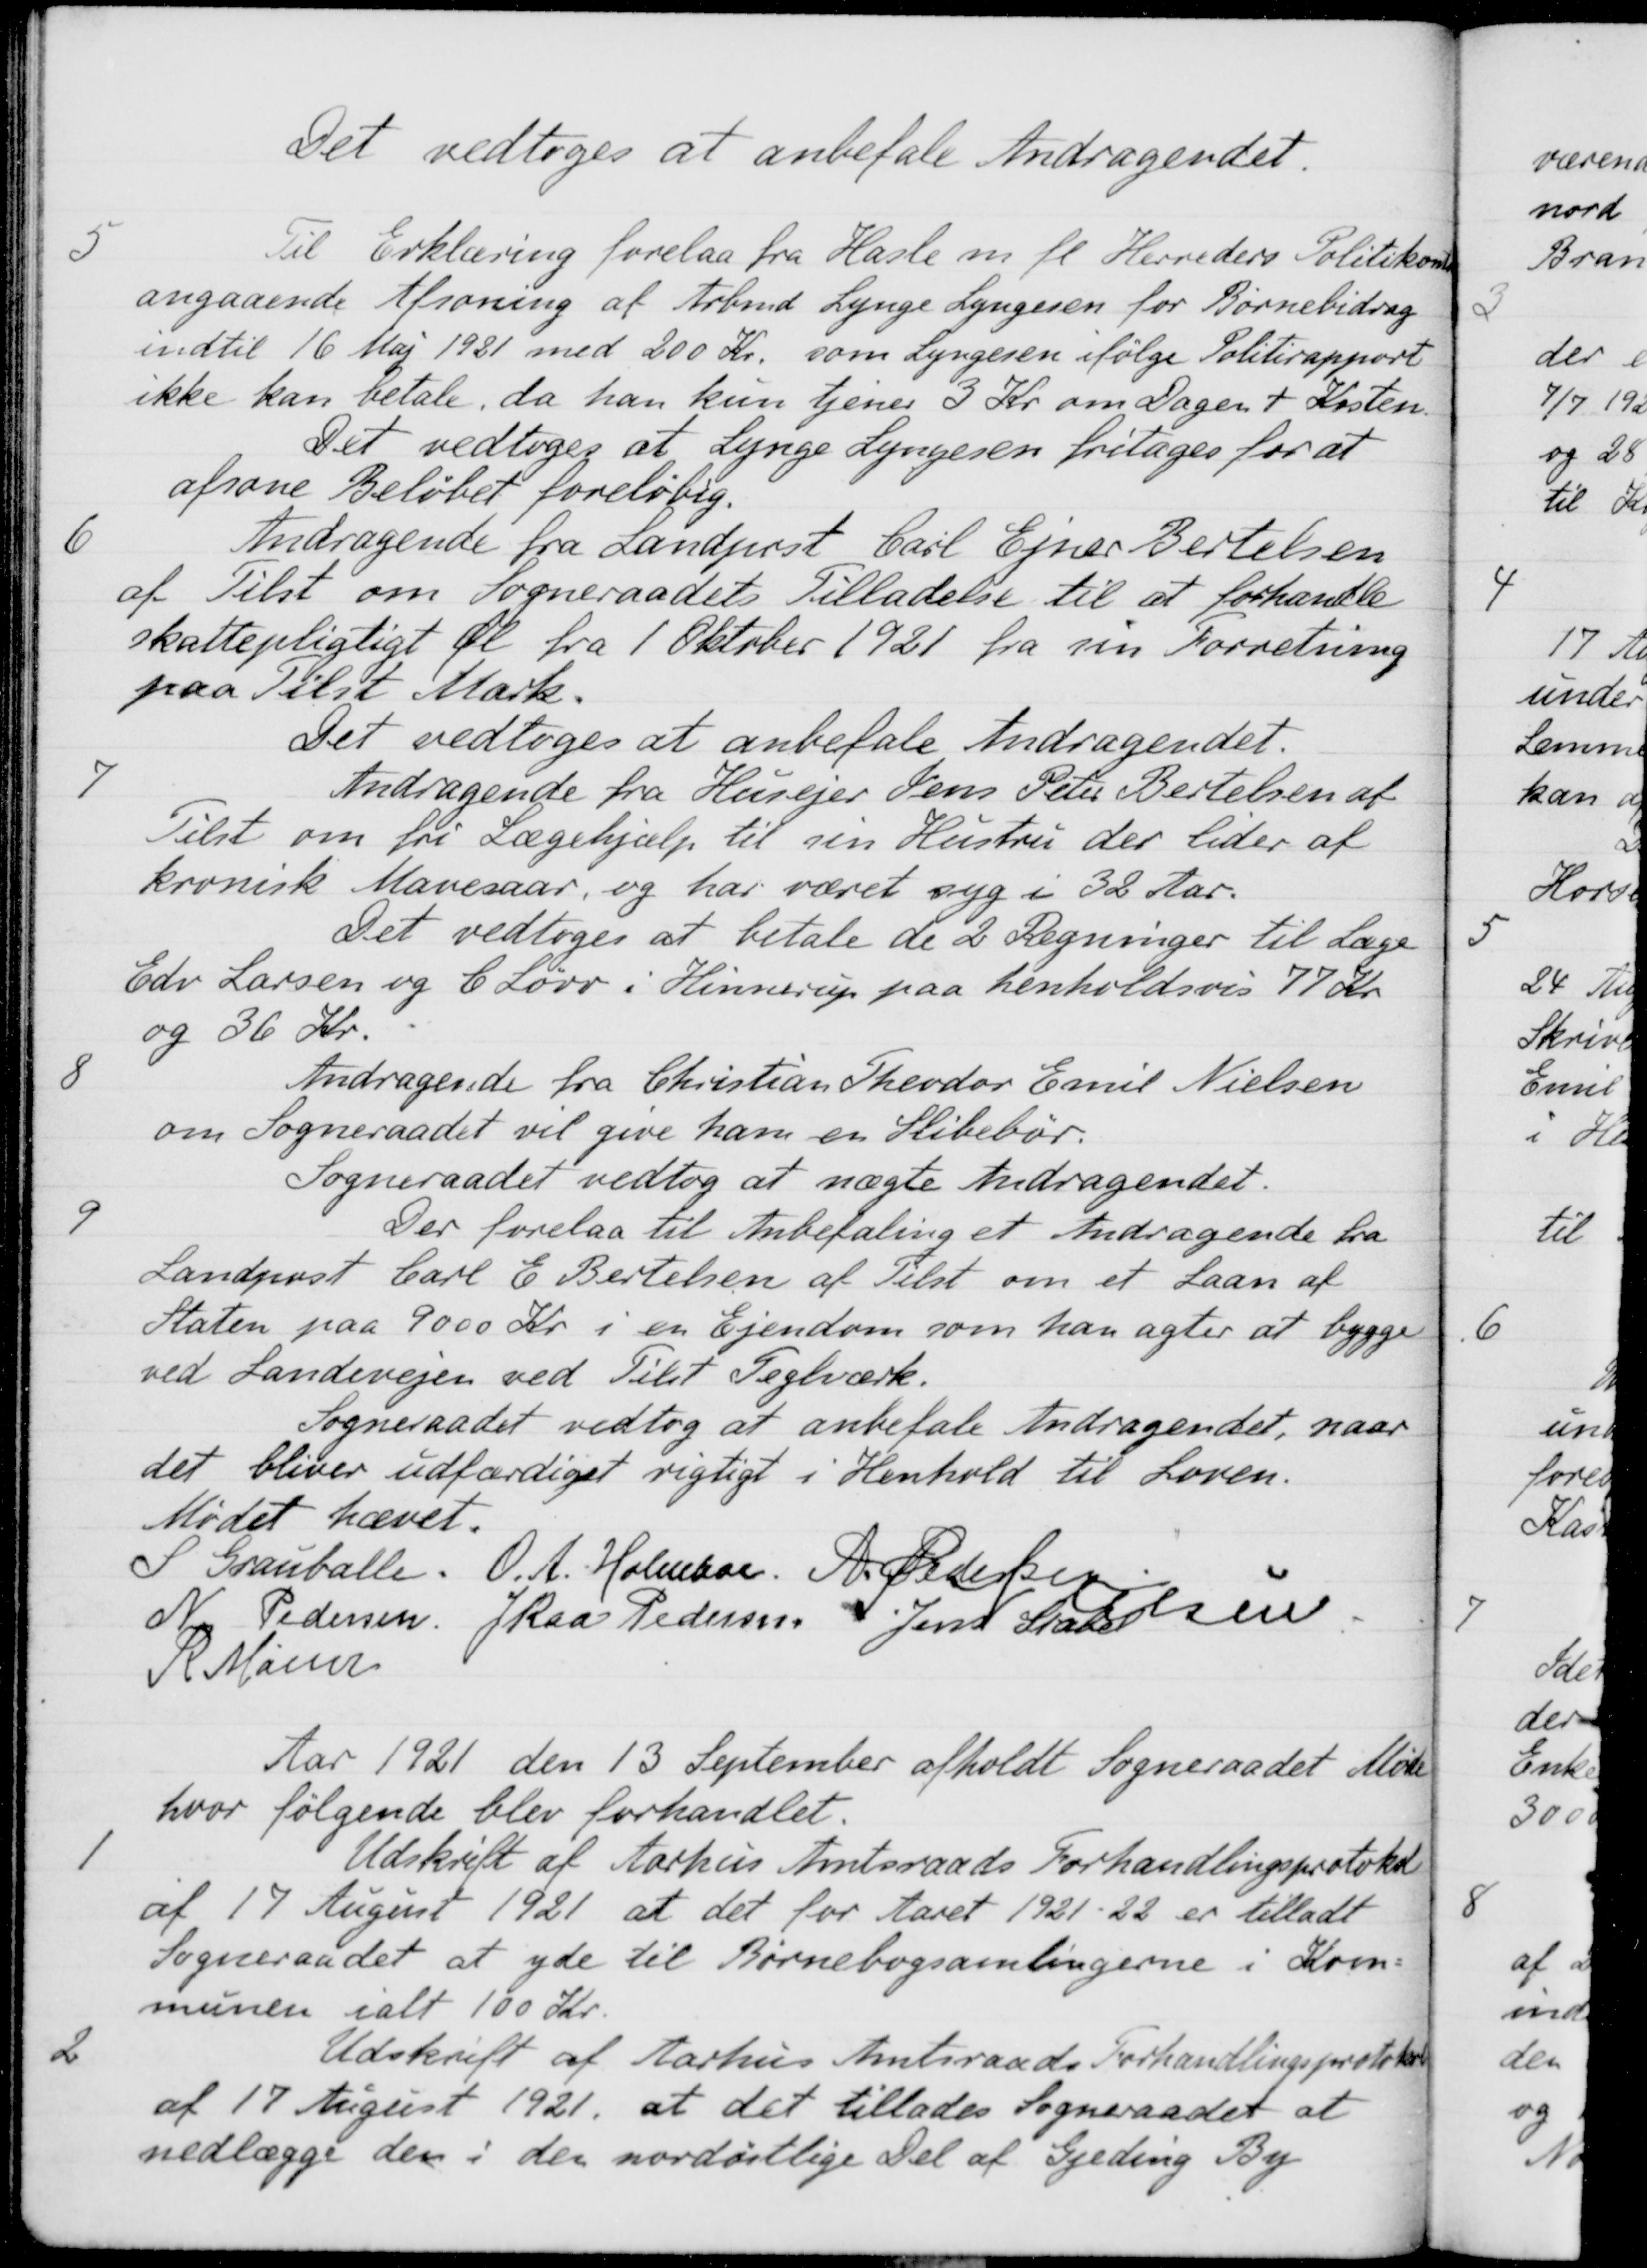
Transskription:
Det vedtoges at anbefale Andragendet.
5
Til Erklæring forelaa fra Hasle m. fl. Herreders Politikontor
angaaende Afsoning af Arbmd Lynge Lyngesen for Børnebidrag
indtil 16 Maj 1921 med 200 Kr. som Lyngesen ifølge Politirapport
ikke kan betale, da han kun tjenes 3 Kr. om Dagen + Kosten.
Det vedtoges at Lynge Lyngesen fritages for at
afsone Beløbet foreløbig.
6
Andragende fra Landpost Carl Ejner Bertelsen
af Tilst om Sogneraadets Tilladelse til at forhandle
skattepligtigt Øl fra 1 Oktober 1921 fra sin Forretning
paa Tilst Mark.
Det vedtoges at anbefale Andragendet.
7
Andragende fra Husejer Jens Peter Bertelsen af
Tilst om fri Lægehjælp til sin Hustru der lider af
kronisk Mavesaar, og har været syg i 32 Aar.
Det vedtoges at betale de 2 Regninger til Læge
Edv Larsen og C Løvv i Hinnerup paa henholdsvis 77 Kr.
og 36 Kr.
8
Andragende fra Christian Theodor Emil Nielsen
om Sogneraadet vil give ham en Slibebør.
Sogneraadet vedtog at nægte Andragendet.
9
Der forelaa til Anbefaling et Andragende fra
Landpost Carl E Bertelsen af Tilst om et Laan af
Staten paa 9000 Kr. i en Ejendom som han agter at bygge
ved Landevejen ved Tilst Teglværk.
Sogneraadet vedtog at anbefale Andragendet, naar
det bliver udfærdiget rigtigt i Henhold til Loven.
Mødet hævet.
S Grauballe.
O. A. Holmber.
A. Pedersen
N Pedersen
J Kaa Pedersen
Jens Stabel / S Nielsen
K Mainz
Aar 1921 den 13 September afholdt Sogneraadet Møde
hvor følgende blev forhandlet.
1
Udskrift af Aarhus Amtsraads Forhandlingsprotokol
af 17 August 1921 at det for Aaret 1921-22 er tilladt
Sogneraadet at yde til Børnebogsamlingerne i Kom-
munen ialt 100 Kr.
2
Udskrift af Aarhus Amtsraads Forhandlingsprotokol
af 17 August 1921, at det tillades Sogneraadet at
nedlægge den i den nordøstlige Del af Gjeding By